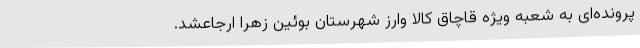
پرونده‌ای به شعبه ویژه قاچاق کالا وارز شهرستان بوئین زهرا ارجاعشد.